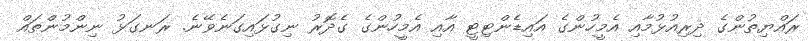
ރައްޔިތުންގެ ދިރިއުޅުމާއި އެމީހުންގެ އައިޑެންޓިޓީ އާއި އެމީހުންގެ ގެދޮރު ނިގުޅައިގަނެވޭނެ. ރަނގަޅު ނިންމުންތައް